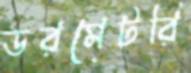
ডরমেটরি